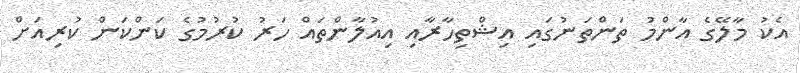
އެކު މާލޭގެ އާންމު ތަންތަނުގައި އިޝްތިހާރާއި އިއުލާންތައް ހަރު ކުރުމުގެ ކަންކަން ކުރިއަށް